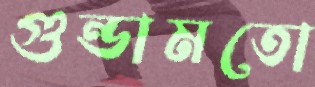
গুন্ডামতো